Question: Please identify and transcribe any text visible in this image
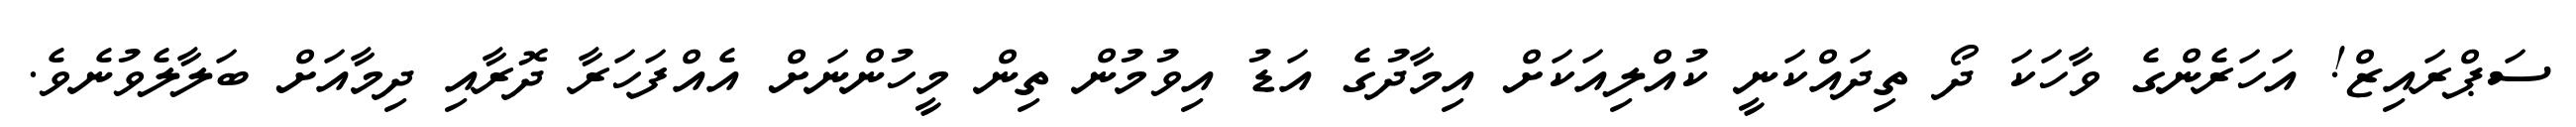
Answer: ސަޕްރައިޒް! އަހަރެންގެ ވާހަކަ ދޯ ތިދައްކަނީ ކުއްލިއަކަށް އިމާދުގެ އަޑު އިވުމުން ތިން މީހުންނަށް އެއްފަހަރާ ދޮރާއި ދިމާއަށް ބަލާލެވުނެވެ.